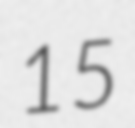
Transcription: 15